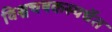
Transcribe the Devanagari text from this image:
विश्वचषकस्पर्धेत